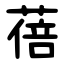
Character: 蓓